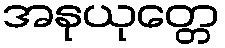
အနုယုတ္တေ